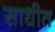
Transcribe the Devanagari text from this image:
साधीत